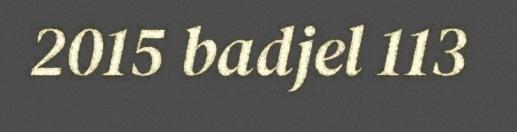
2015 badjel 113